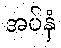
အပ်နှံ